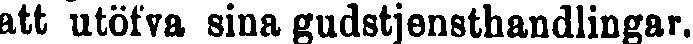
att utöfva sina gudstjensthandlingar.